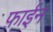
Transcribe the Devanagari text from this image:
फ़ाईन